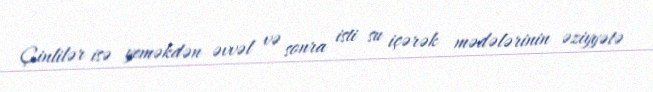
Çinlilər isə yeməkdən əvvəl və sonra isti su içərək mədələrinin əziyyətə